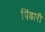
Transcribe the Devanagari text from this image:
पिंढारी